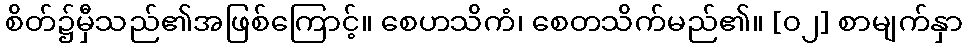
စိတ်၌မှီသည်၏အဖြစ်ကြောင့်။ စေဟသိကံ၊ စေတသိက်မည်၏။ [၀၂] စာမျက်နှာ